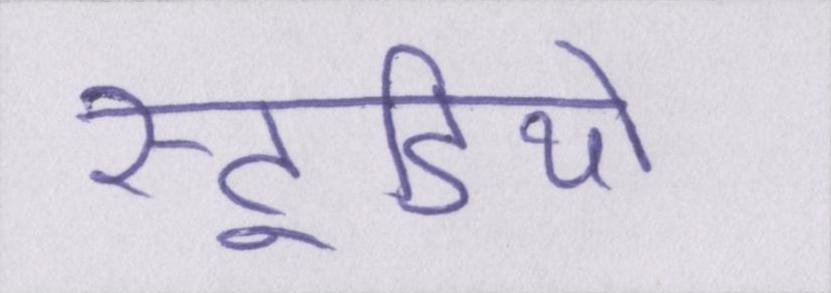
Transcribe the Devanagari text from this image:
स्टूडियो